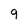
Character: 9